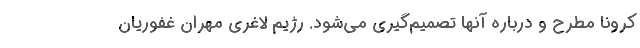
کرونا مطرح و درباره آنها تصمیم‌گیری می‌شود. رژیم لاغری مهران غفوریان